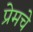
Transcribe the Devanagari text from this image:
प्रेमचे